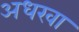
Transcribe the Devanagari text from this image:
अधरवा